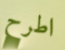
اطرح